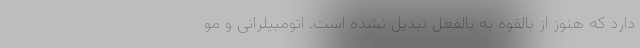
دارد که هنوز از بالقوه به بالفعل تبدیل نشده است. اتومبیلرانی و مو